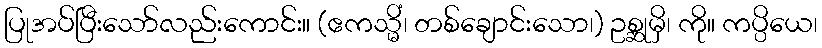
ပြုအပ်ပြီးသော်လည်းကောင်း။ (ဧကသ္မိံ၊ တစ်ချောင်းသော၊) ဥစ္ဆုမှိ၊ ကို။ ကပ္ပိယေ၊